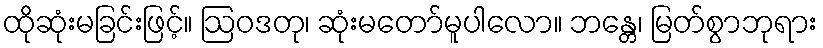
ထိုဆုံးမခြင်းဖြင့်။ ဩဝဒတု၊ ဆုံးမတော်မူပါလော။ ဘန္တေ၊ မြတ်စွာဘုရား